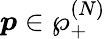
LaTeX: \boldsymbol{p}\in\wp_{+}^{(N)}